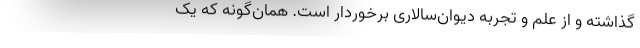
گذاشته و از علم و تجربه دیوان‌سالاری برخوردار است. همان‌گونه که یک